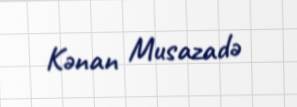
Kənan Musazadə